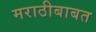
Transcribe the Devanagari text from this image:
मराठीबाबत